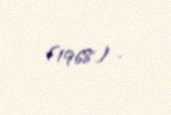
(1968) .